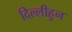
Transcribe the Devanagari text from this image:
दिल्लीहुन